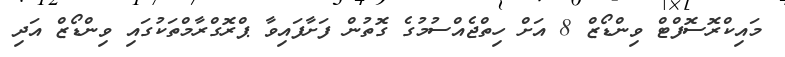
މައިކްރޮސޮފްޓް ވިންޑޯޒް 8 އަށް ހިތްޖެއްސުމުގެ ގޮތުން ފަށާފައިވާ ޕްރޮގްރާމްތަކުގައި ވިންޑޯޒް އަދި